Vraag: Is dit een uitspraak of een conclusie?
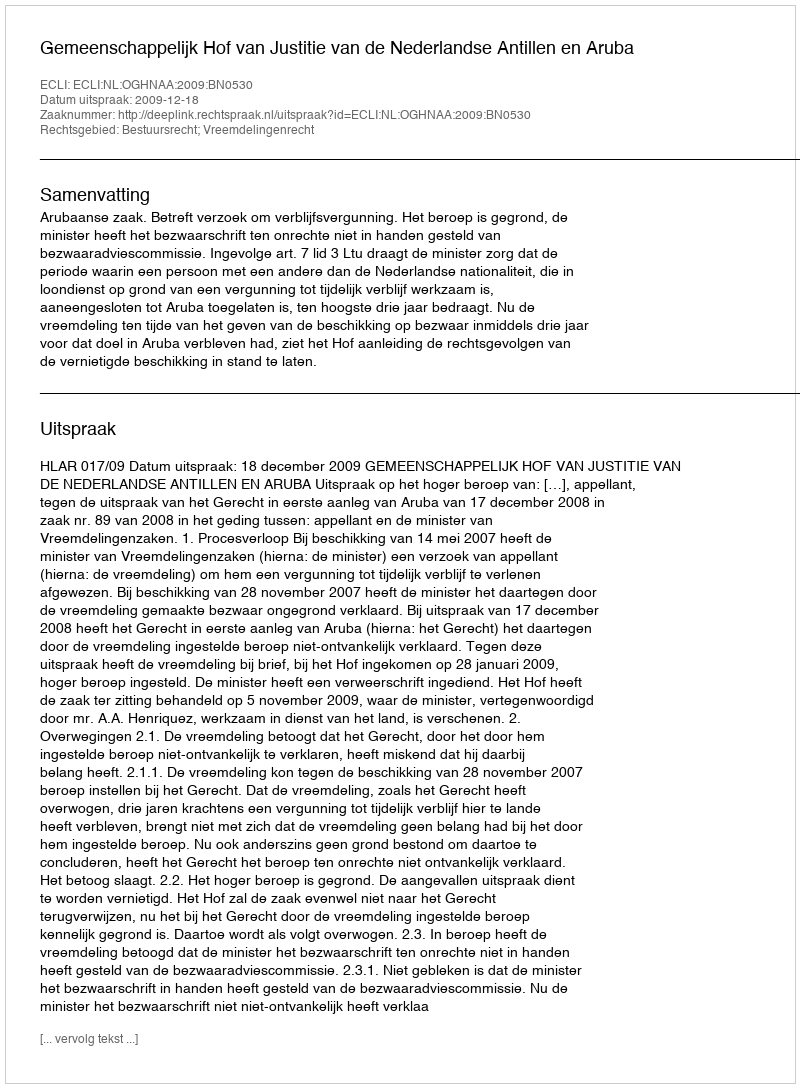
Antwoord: Uitspraak